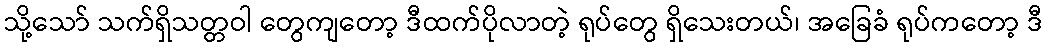
သို့သော် သက်ရှိသတ္တဝါ တွေကျတော့ ဒီထက်ပိုလာတဲ့ ရုပ်တွေ ရှိသေးတယ်၊ အခြေခံ ရုပ်ကတော့ ဒီ